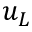
u _ { L }